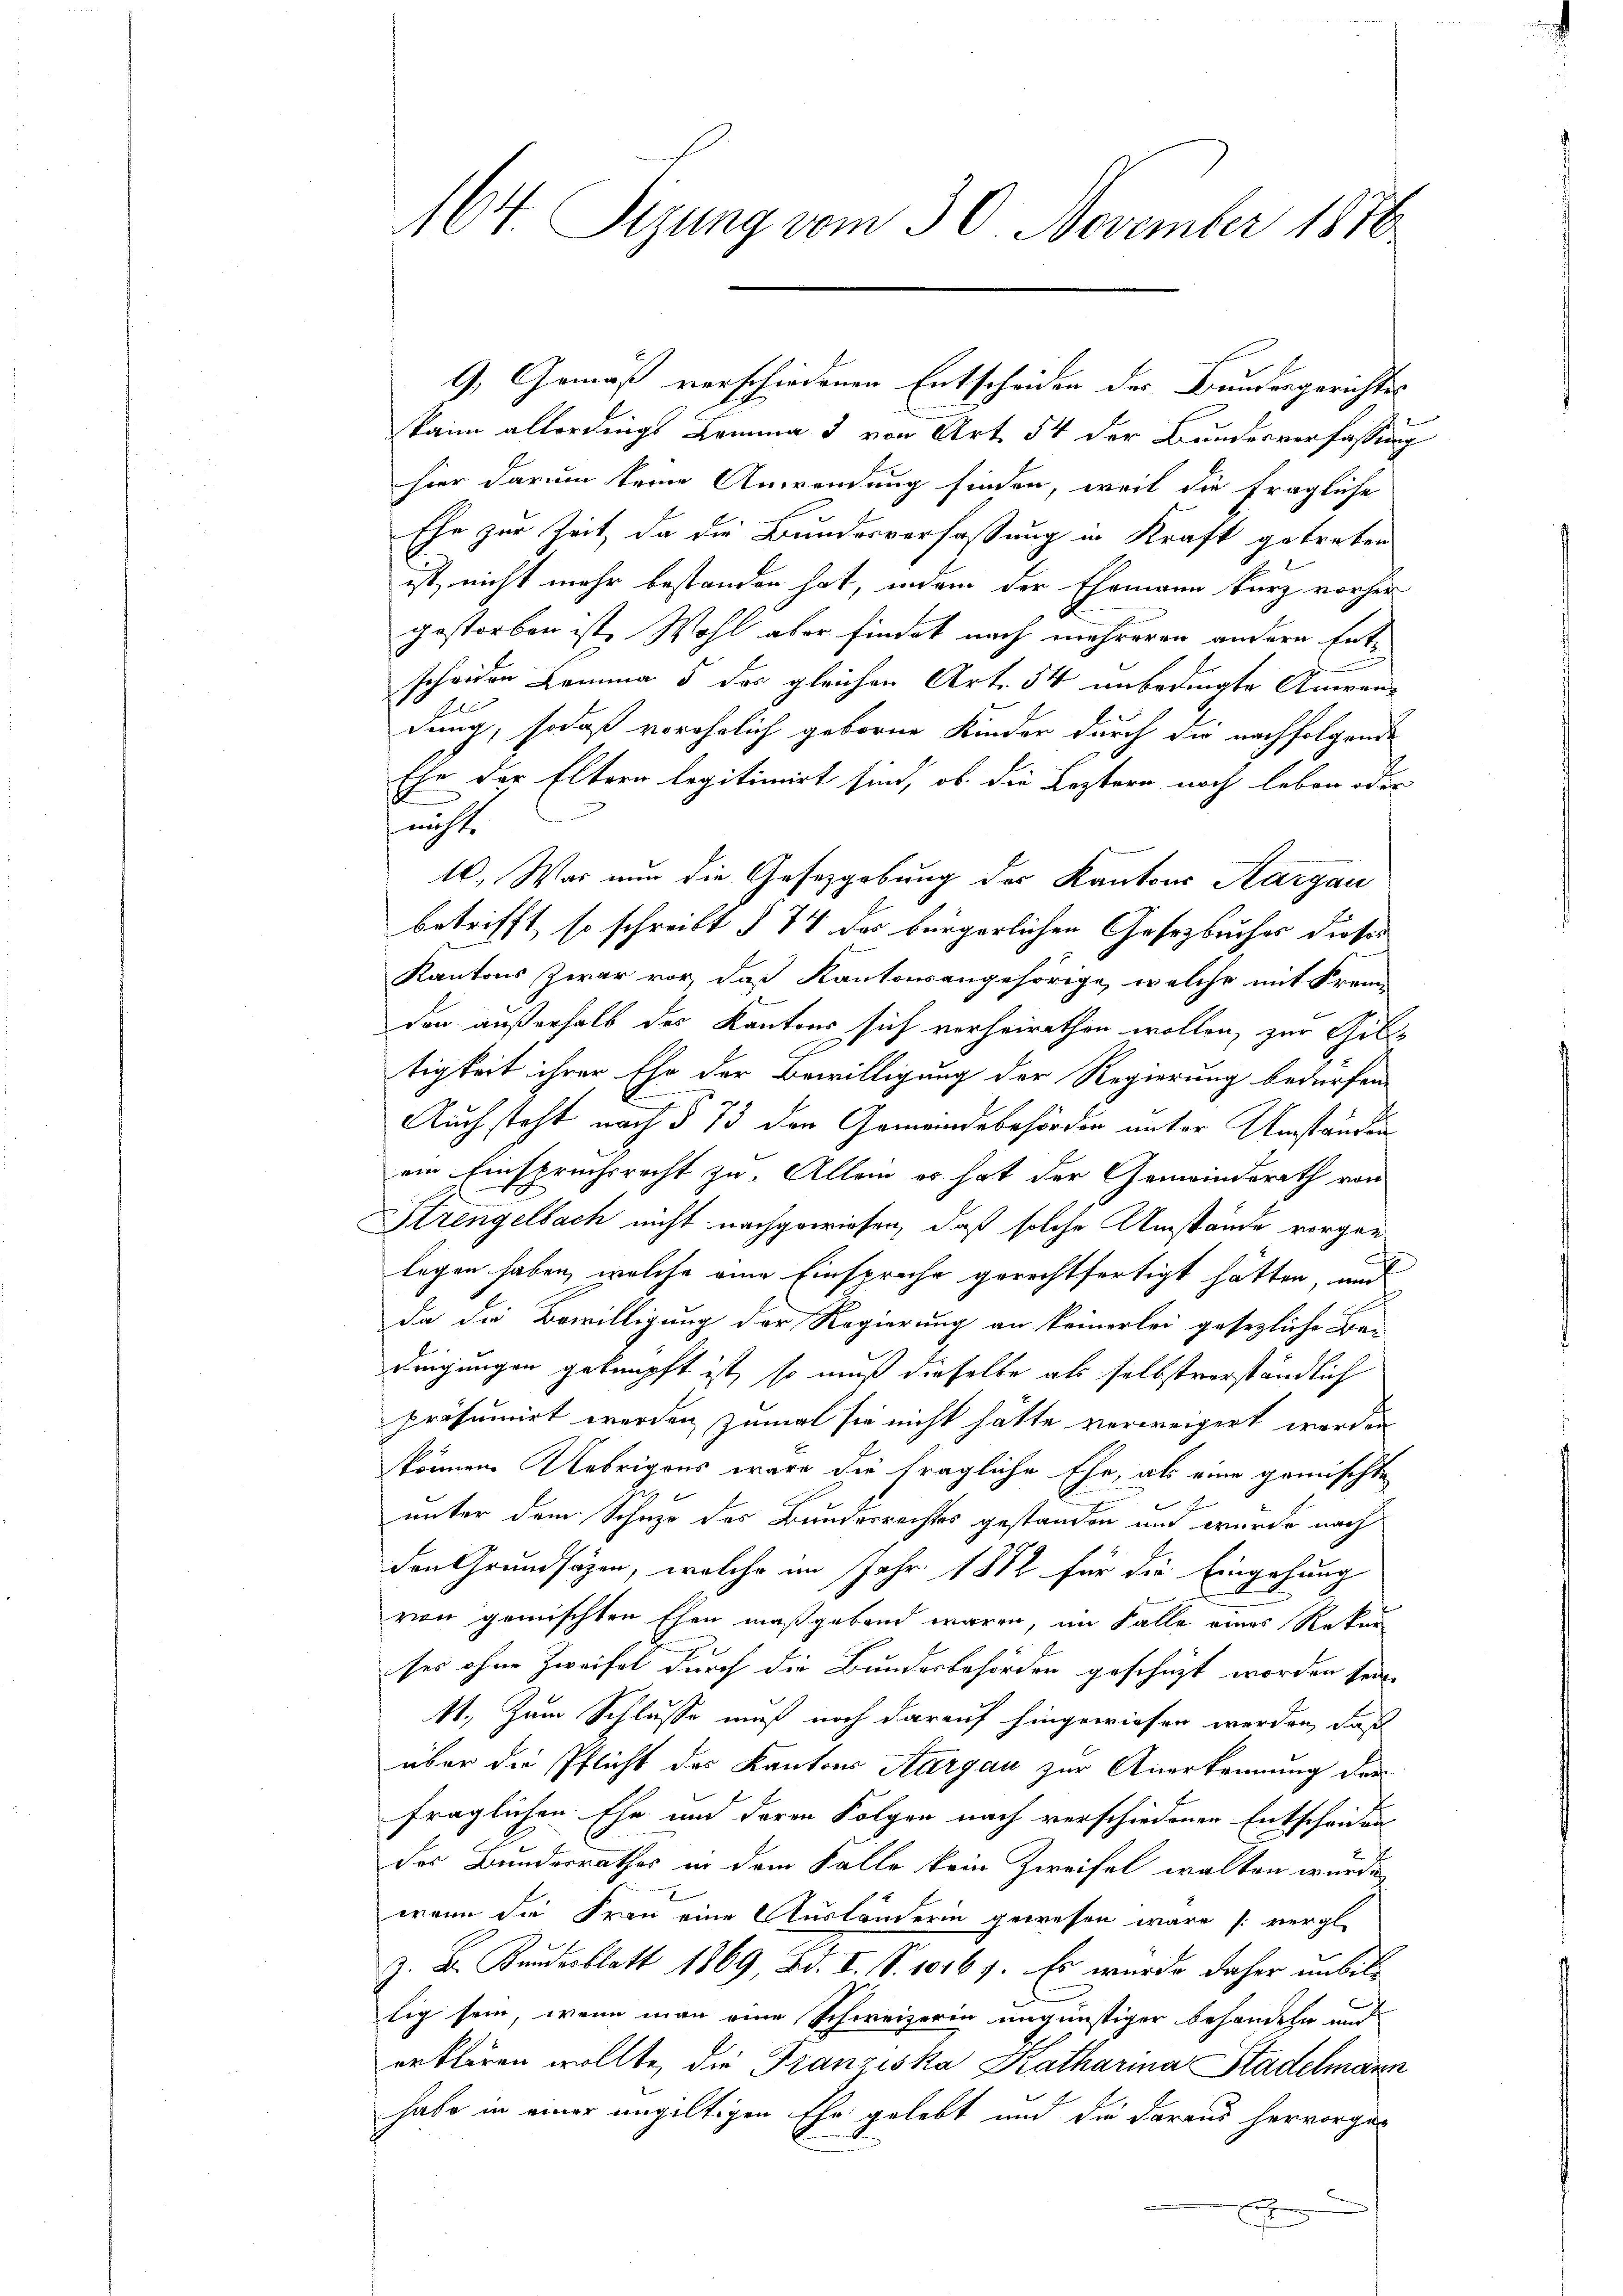
164. Sizung vom 30. November 1870

kaim allerdings Lemma 3 von Art. 54 der Bundesverfassung
hier darum steine Anwendung finden, weil die fragliche
Ehe zur Zeit, da die Bundesverfassung in Kraft getreten
ist, nicht mehr bestanden hat, indem der Ehemann kurz vorher
gestorben ist. Wohl aber findet nach mehreren andern Entscheiden Lemma 5 des gleichen Art. 54 unbedingte Anwen-
dung, sodaß vorehelich geborne Kinder durch die nachfolgende
Ehe der Eltern legitimirt sind, ob die Leztern noch leben oder
nicht.
16. War nun die Gesetzgebung des Kantons Aargau
betrifft, so schreibt § 74 des bürgerlichen Gesetzbuches dieses
Kantons Zwar vor, daß Kantonsangehörige, welche mit Frau
den außerhalb des Kantons sich verheirathen wollen, zur Gil-
tigkeit ihrer Ehe der Bewilligung der Regierung bedürfene
Auch steht nach § 73 den Gemeindebehörden unter Umständen
ein Einspruchsrecht zu. Allein es hat der Gemeinderath von
Strengelbach nicht nachgewiesen, daß solche Umstände vorgen
legen haben, welche eine Einspruche gerechtfertigt hätten, und
da die Bewilligung der Regierung an keinerlei gesezliche Bau
dingungen geknüpft ist, so muß dieselbe als selbstverständlich
präsumirt werden, zumal sie nicht hätte verweigert worden
können. Uebrigens wäre die fragliche Ehe, als eine gemischte
unter dem Schuze des Bundesrechtes gestanden und wurde nach
den Grundsätzen, welche im Jahr 1882 für die Eingehung
von gemischten Ehen maßgebend waren, im Falle eines Rekur
ses ohne Zweifel durch die Bundesbehörden geschüzt worden sein
11. Zum Schlusse muß noch darauf hingewiesen werden, daß
über die Pflicht des Kantons Aargau zur Anerkennung der
fraglichen Ehe und deren Folgen nach verschiedenen Entscheidung
des Bundesrathes in dem Falle kein Zweifel walten wurde
wenn die Frau eine Ausländerin gewesen wäre vergl.
z. Dr. Bundesblatt 1869, Bd. I S. 10167. Es wurde daher unbillig sein, wenn man eine Schweizerin ungünstiger behandeln und
erklären wollte, die Franziska Katharina Stadelmann
habe in einer ungültigen Ehe gelebt und die daraus hervorgex
E

G. Gemäß verschiedenen Entscheiden des Bundergerichtss